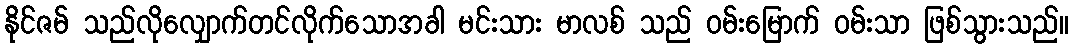
နိုင်ဇမ် သည်လိုလျှောက်တင်လိုက်သောအခါ မင်းသား မာလစ် သည် ဝမ်းမြောက် ဝမ်းသာ ဖြစ်သွားသည်။